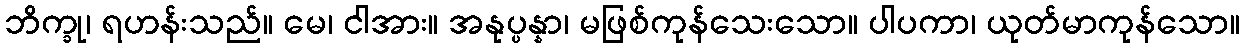
ဘိက္ခု၊ ရဟန်းသည်။ မေ၊ ငါအား။ အနုပ္ပန္နာ၊ မဖြစ်ကုန်သေးသော။ ပါပကာ၊ ယုတ်မာကုန်သော။